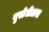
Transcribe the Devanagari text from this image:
युस्टेटीअस